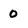
Character: 0